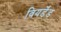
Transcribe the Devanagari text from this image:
वियर्डेंड